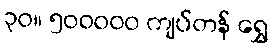
၃၀။ ၅၀၀၀၀၀ ကျပ်တန် ရွှေ